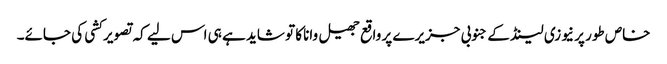
خاص طور پر نیوزی لینڈ کے جنوبی جزیرے پر واقع جھیل واناکا تو شاید ہے ہی اس لیے کہ تصویر کشی کی جائے۔